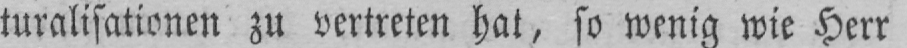
turalisationen zu vertreten hat, so wenig wie Herr